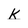
Character: k